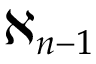
\aleph _ { n - 1 }